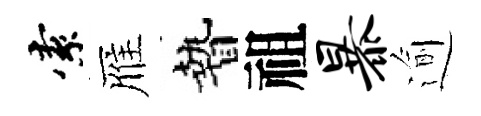
索雁贄祖暴逾